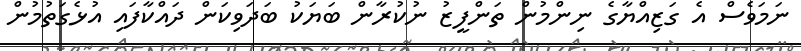
ނަމަވެސް އެ ގަޒިއްޔާގެ ނިންމުން ތަންފީޒު ނުކުރާން ބަޔަކު ބަދަވިކަން ދައްކާފައި އުޅެގަތުމުން